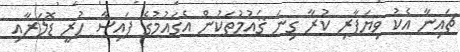
ޗައިނާ އެކު ވިޔަފާރި ކުރާ ގިނަ ޤައުމުތަކުން އެގައުމުގެ ފައިސާ ހުރީ ޑޮލަރާއި